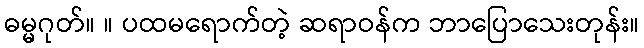
ဓမ္မဂုတ်။ ။ ပထမရောက်တဲ့ ဆရာဝန်က ဘာပြောသေးတုန်း။